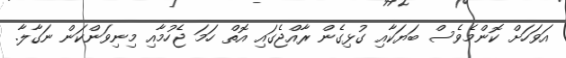
އަވަހަށް ކޮންމެވެސް ބަޔަކާއި ގުޅިގެން ރާއްޖެގައި އޮތް ހަމަ ޖެހުމާއި މިނިވަންކަން ނަގާލާ.